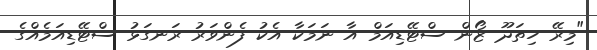
"މިރޭ ހިތަދޫ ޒޯން ސްޓޭޑިއަމް އާ ނަމަކާ އެކު ފެންވަރު ރަނގަޅު ސްޓޭޑިއަމެއްގެ